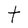
Character: t